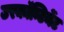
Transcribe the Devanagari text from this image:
उरकॉन्टिनेंट